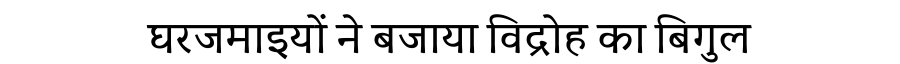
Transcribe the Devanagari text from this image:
घरजमाइयों ने बजाया विद्रोह का बिगुल